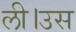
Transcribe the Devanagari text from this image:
ली।उस